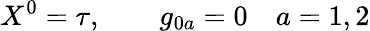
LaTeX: X^{0}=\tau,\qquad g_{0a}=0\quad a=1,2